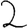
Digit: 2